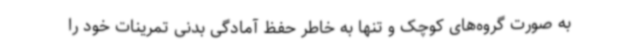
به صورت گروه‌های کوچک و تنها به خاطر حفظ آمادگی بدنی تمرینات خود را